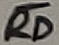
Text: RD